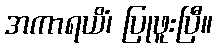
အကာရယိံ၊ ပြုဖူးပြီ။